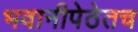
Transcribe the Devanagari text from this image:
भवानीपेठेतच